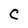
Character: C